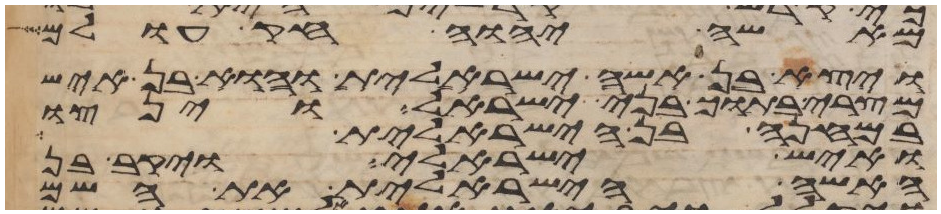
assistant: מאשי יהוה חק עולם
ויצא בן אשה ישראלית והוא בן איש
מצרי בתוך בני ישראל וינצו
במחנה בן הישראלית
ואיש ישראלי ויקב בן
האשה הישראלית את השם